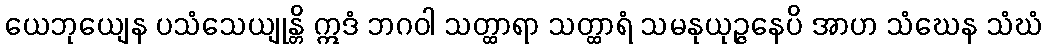
ယေဘုယျေန ပသံသေယျုန္တိ ဣဒံ ဘဂဝါ သတ္ထာရာ သတ္ထာရံ သမနုယုဉ္ဇနေပိ အာဟ သံဃေန သံဃံ